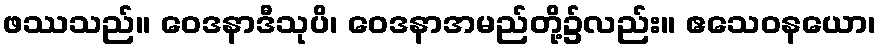
ဖဿသည်။ ဝေဒနာဒီသုပိ၊ ဝေဒနာအမည်တို့၌လည်း။ ဧသေဝနယော၊